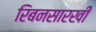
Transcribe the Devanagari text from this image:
रिबनसारखी